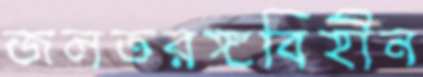
জলতরঙ্গবিহীন